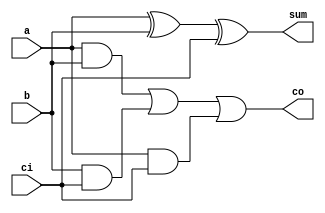
module add_onebit
(
input wire a,
input wire b,
input wire ci,
output wire sum,
output wire co);
//(sum,cout,a,b,cin);
//input a,b,cin;
//output sum;
//output cout;

assign sum=a^b^ci;
assign co=a&b|b&ci|a&ci;

endmodule